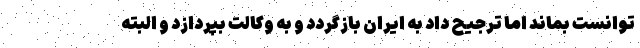
توانست بماند اما ترجیح داد به ایران بازگردد و به وکالت بپردازد و البته